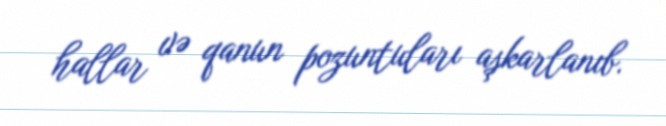
hallar və qanun pozuntuları aşkarlanıb.